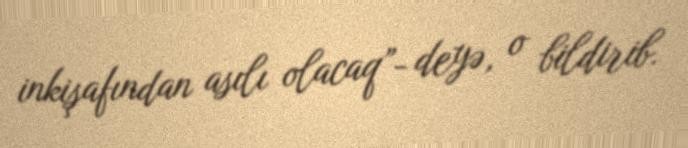
inkişafından asılı olacaq”- deyə, o bildirib.